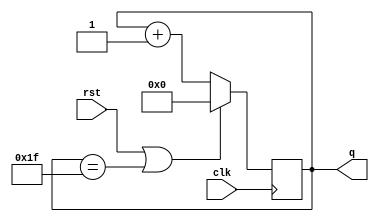
`timescale 1ns / 1ps
//////////////////////////////////////////////////////////////////////////////////
// Company: 
// Engineer: 
// 
// Design Name: 
// Module Name: dff
// Project Name: 
// Target Devices: 
// Tool Versions: 
// Description: 
// 
// Dependencies: 
// 
// Revision:
// Revision 0.01 - File Created
// Additional Comments:
// 
//////////////////////////////////////////////////////////////////////////////////

// 0-31 Counter

module dff(
    input clk,
    output reg [4:0] q=0,
    input rst
    );
   
// always @ (posedge clk | rst) // asynchronous clk    
always @ (posedge clk)  // synchronous clk
begin
    if(rst | q==31)
        q<=5'b0;
    else
        q<=q+1; 
end
    
endmodule